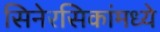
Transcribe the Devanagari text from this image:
सिनेरसिकांमध्ये